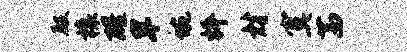
殿榱醒旱蜿枰材寞茜